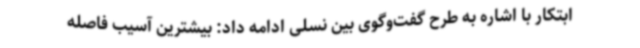
ابتکار با اشاره به طرح گفت‌وگوی بین نسلی ادامه داد: بیشترین آسیب فاصله